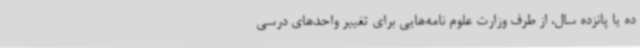
ده یا پانزده سال، از طرف وزارت علوم نامه‌هایی برای تغییر واحدهای درسی